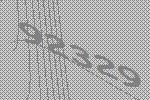
92329